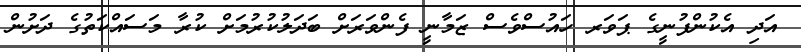
އަދި އެކުންފުނީގެ ޕަވަރ ހައުސްވެސް ޒަމާނީ ފެންވަރަށް ބަދަލުކުރުމަށް ކުރާ މަސައްކަތުގެ ދަށުން